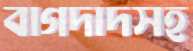
বাগদাদসহ